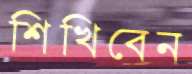
শিখিবেন